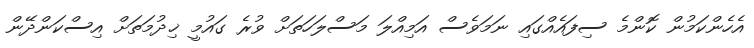
އެހެންކަމުން ކޮންމެ ސިފައެއްގައި ނަމަވެސް އަމިއްލަ މަސްލަހަތަށް ވުރެ ގައުމީ ޚިދުމަތަށް އިސްކަންދޭން